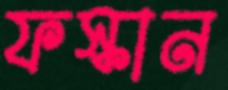
ফস্কান